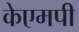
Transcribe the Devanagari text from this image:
केएमपी